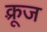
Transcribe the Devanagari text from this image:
क़्रूज